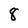
Character: 8